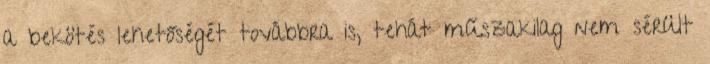
a bekötés lehetőségét továbbra is, tehát műszakilag nem sérült